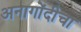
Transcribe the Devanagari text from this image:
अनागोंदीचा